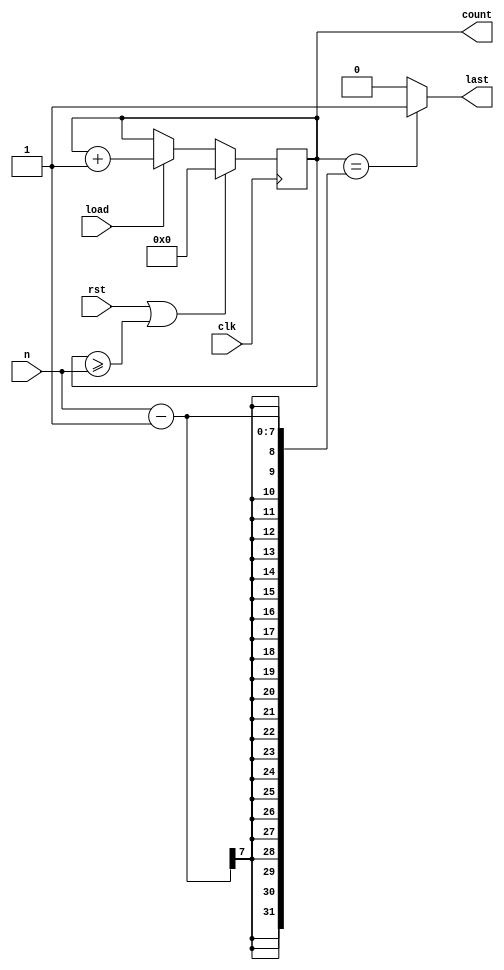
module counter
#(	
	parameter WIDTH = 7
)
(
	input wire clk,rst,load,
	input wire [WIDTH-1:0] n,
	output reg [WIDTH-1:0] count,
	output reg last
);

	always@(posedge clk)
	begin
		if(rst || count>= n)
			count <= 0;
		else if (load)
			count <= count + 1;
	end
	
	always @(*)
	begin
		if (count == n-1)
			last = 1'b1;
		else
			last = 1'b0;
	end

endmodule